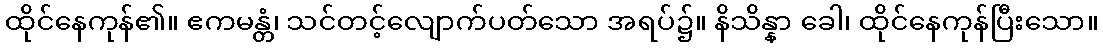
ထိုင်နေကုန်၏။ ဧကမန္တံ၊ သင်တင့်လျောက်ပတ်သော အရပ်၌။ နိသိန္နာ ခေါ၊ ထိုင်နေကုန်ပြီးသော။